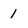
Character: 1